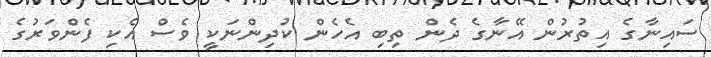
ސައިނާގެ އިތުރުން އޭނާގެ ދެން ތިބި އެހެން ކުދިންނަކީ ވެސް އެކި ފެންވަރުގެ